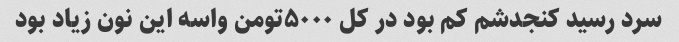
سرد رسید کنجدشم کم بود در کل ۵۰۰۰تومن واسه این نون زیاد بود